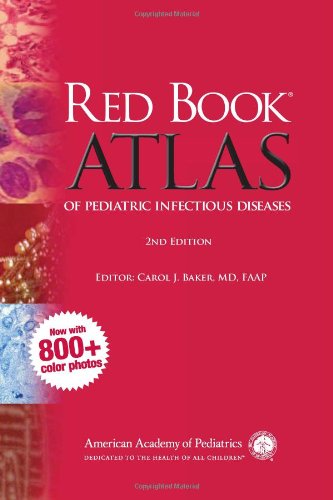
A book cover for Red Book Atlas of Pediatric Infectious Diseases; American Academy of Pediatrics; Medical Books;